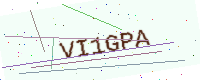
Text: VI1GPA